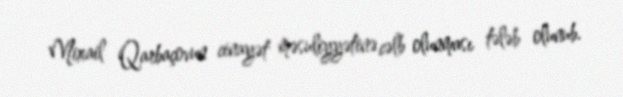
Mixail Qarbaçovun cinayət məsuliyyətinə cəlb olunması tələb olunub.